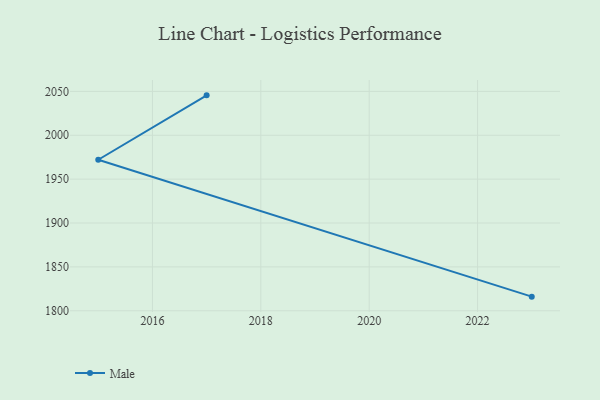
{"axis": {"x": "Year", "y": "Production Output"}, "legend": ["Male"], "data": [{"x": "2023", "y": 1816.1, "type": "Male"}, {"x": "2015", "y": 1972.1, "type": "Male"}, {"x": "2017", "y": 2045.5, "type": "Male"}]}